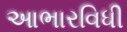
આભારવિધી